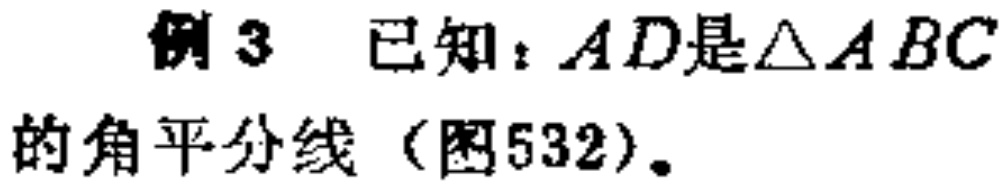
例3 已知：$AD$是$\triangle ABC$的角平分线（图532）。